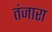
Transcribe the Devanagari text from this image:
तंजारा